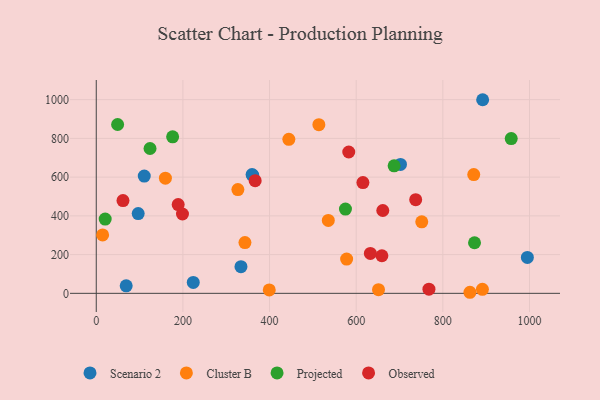
{"axis": {"x": "Speed", "y": "Exam Score"}, "legend": ["Cluster B", "Observed", "Projected", "Scenario 2"], "data": [{"x": "995.1", "y": 185.5, "type": "Scenario 2"}, {"x": "334.0", "y": 137.8, "type": "Scenario 2"}, {"x": "223.9", "y": 56.2, "type": "Scenario 2"}, {"x": "69.1", "y": 38.8, "type": "Scenario 2"}, {"x": "891.9", "y": 999.6, "type": "Scenario 2"}, {"x": "110.8", "y": 605.2, "type": "Scenario 2"}, {"x": "702.2", "y": 665.6, "type": "Scenario 2"}, {"x": "359.7", "y": 613.4, "type": "Scenario 2"}, {"x": "361.3", "y": 608.8, "type": "Scenario 2"}, {"x": "96.8", "y": 412.0, "type": "Scenario 2"}, {"x": "871.3", "y": 613.4, "type": "Cluster B"}, {"x": "513.8", "y": 870.9, "type": "Cluster B"}, {"x": "577.9", "y": 176.9, "type": "Cluster B"}, {"x": "535.6", "y": 376.4, "type": "Cluster B"}, {"x": "751.3", "y": 369.4, "type": "Cluster B"}, {"x": "399.3", "y": 17.4, "type": "Cluster B"}, {"x": "651.5", "y": 18.9, "type": "Cluster B"}, {"x": "891.3", "y": 20.8, "type": "Cluster B"}, {"x": "343.2", "y": 262.1, "type": "Cluster B"}, {"x": "862.5", "y": 5.5, "type": "Cluster B"}, {"x": "14.7", "y": 301.4, "type": "Cluster B"}, {"x": "159.6", "y": 594.7, "type": "Cluster B"}, {"x": "326.9", "y": 535.7, "type": "Cluster B"}, {"x": "444.5", "y": 795.0, "type": "Cluster B"}, {"x": "49.3", "y": 871.8, "type": "Projected"}, {"x": "575.2", "y": 435.1, "type": "Projected"}, {"x": "20.6", "y": 383.6, "type": "Projected"}, {"x": "176.3", "y": 808.3, "type": "Projected"}, {"x": "124.1", "y": 747.9, "type": "Projected"}, {"x": "957.8", "y": 799.2, "type": "Projected"}, {"x": "687.5", "y": 658.5, "type": "Projected"}, {"x": "873.1", "y": 261.3, "type": "Projected"}, {"x": "61.7", "y": 478.9, "type": "Observed"}, {"x": "366.8", "y": 581.5, "type": "Observed"}, {"x": "659.3", "y": 194.0, "type": "Observed"}, {"x": "767.9", "y": 21.3, "type": "Observed"}, {"x": "189.1", "y": 458.1, "type": "Observed"}, {"x": "661.4", "y": 427.7, "type": "Observed"}, {"x": "737.3", "y": 483.5, "type": "Observed"}, {"x": "632.7", "y": 206.2, "type": "Observed"}, {"x": "199.0", "y": 409.7, "type": "Observed"}, {"x": "615.5", "y": 571.7, "type": "Observed"}, {"x": "582.8", "y": 729.7, "type": "Observed"}]}